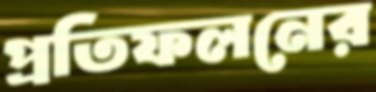
প্রতিফলনের